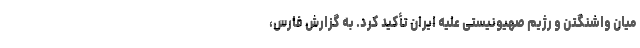
میان واشنگتن و رژیم صهیونیستی علیه ایران تأکید کرد. به گزارش فارس،